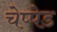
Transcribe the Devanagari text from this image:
चेप्पेड